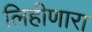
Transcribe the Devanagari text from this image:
लिहीणारा